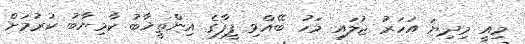
މިއީ މިދިޔަ އަހަރު ޖުލައި މަހު ބޭއްވި ފީފާގެ އިންތީޚާބު ކާމިޔާބު ކުރުމަށް